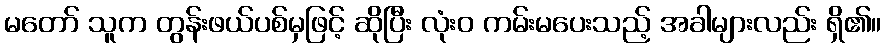
မတော် သူက တွန်းဖယ်ပစ်မှဖြင့် ဆိုပြီး လုံးဝ ကမ်းမပေးသည့် အခါများလည်း ရှိ၏။